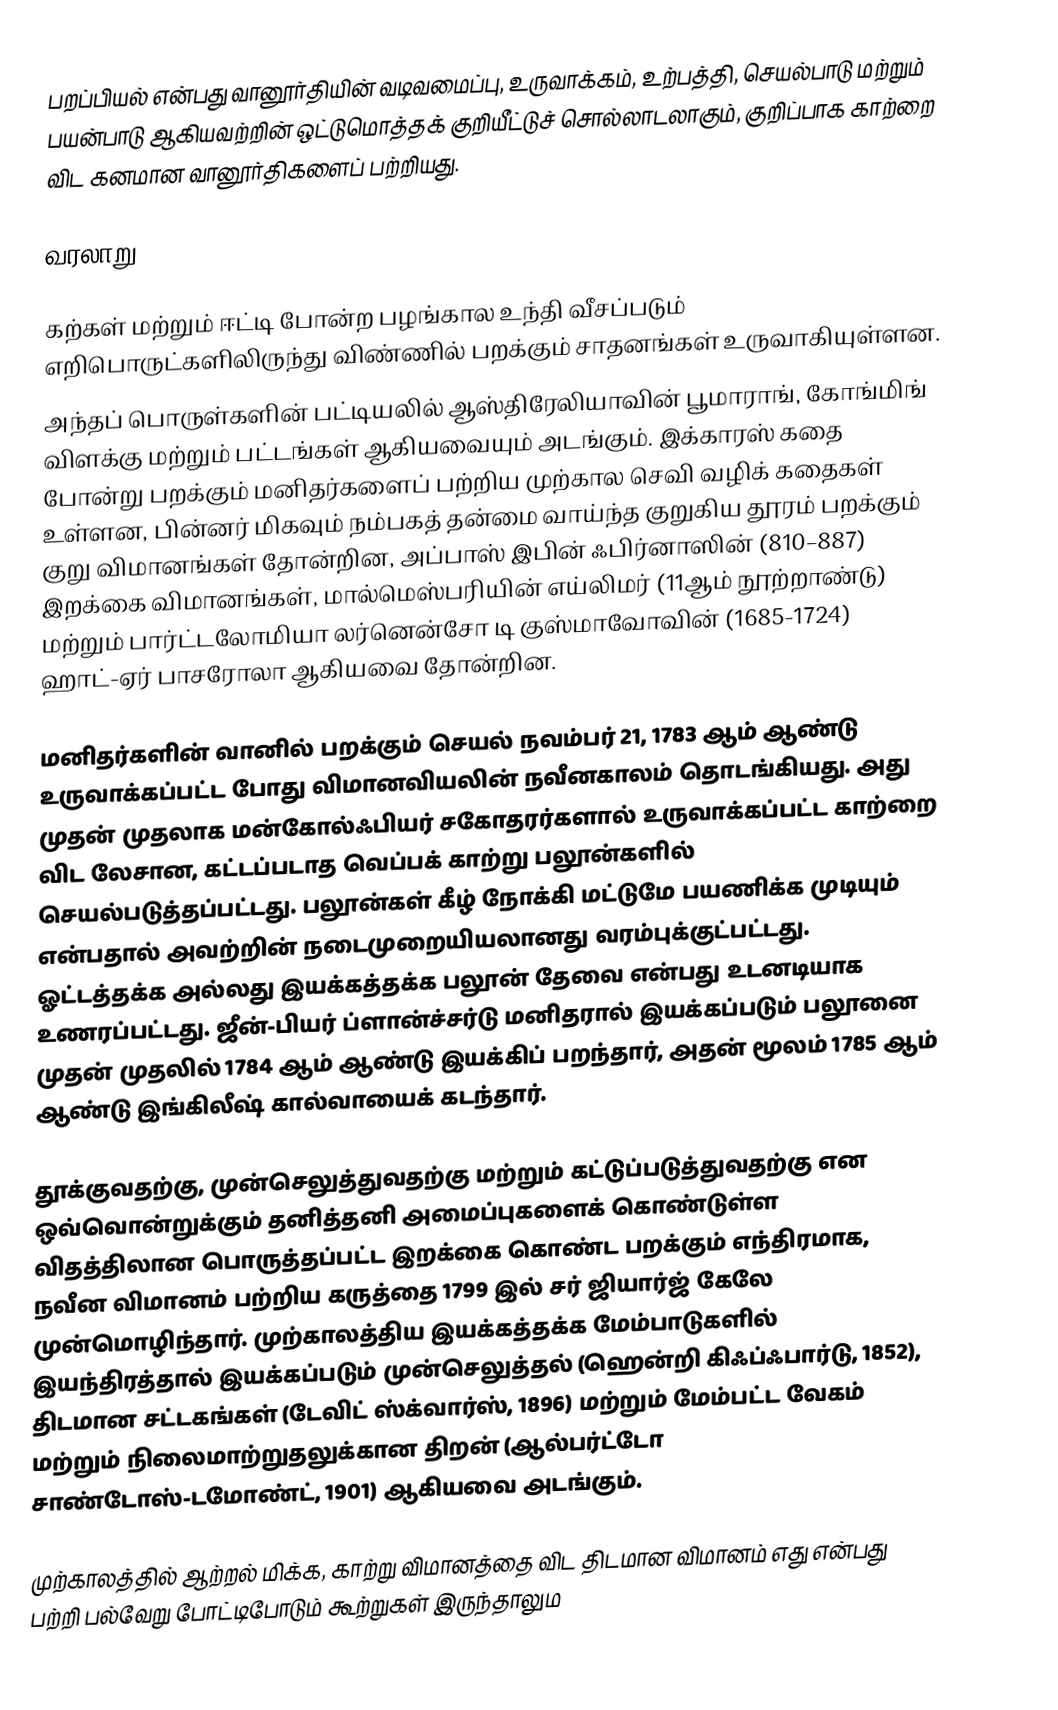
பறப்பியல் என்பது வானூர்தியின் வடிவமைப்பு, உருவாக்கம், உற்பத்தி, செயல்பாடு மற்றும் பயன்பாடு ஆகியவற்றின் ஒட்டுமொத்தக் குறியீட்டுச் சொல்லாடலாகும், குறிப்பாக காற்றை விட கனமான வானூர்திகளைப் பற்றியது.

வரலாறு

கற்கள் மற்றும் ஈட்டி போன்ற பழங்கால உந்தி வீசப்படும் எறிபொருட்களிலிருந்து விண்ணில் பறக்கும் சாதனங்கள் உருவாகியுள்ளன.
அந்தப் பொருள்களின் பட்டியலில் ஆஸ்திரேலியாவின் பூமாராங், கோங்மிங் விளக்கு மற்றும் பட்டங்கள் ஆகியவையும் அடங்கும். இக்காரஸ் கதை போன்று பறக்கும் மனிதர்களைப் பற்றிய முற்கால செவி வழிக் கதைகள் உள்ளன, பின்னர் மிகவும் நம்பகத் தன்மை வாய்ந்த குறுகிய தூரம் பறக்கும் குறு விமானங்கள் தோன்றின, அப்பாஸ் இபின் ஃபிர்னாஸின் (810–887) இறக்கை விமானங்கள், மால்மெஸ்பரியின் எய்லிமர் (11ஆம் நூற்றாண்டு) மற்றும் பார்ட்டலோமியா லர்னென்சோ டி குஸ்மாவோவின் (1685-1724) ஹாட்-ஏர் பாசரோலா ஆகியவை தோன்றின.

மனிதர்களின் வானில் பறக்கும் செயல் நவம்பர் 21, 1783 ஆம் ஆண்டு உருவாக்கப்பட்ட போது விமானவியலின் நவீனகாலம் தொடங்கியது. அது முதன் முதலாக மன்கோல்ஃபியர் சகோதரர்களால் உருவாக்கப்பட்ட காற்றை விட லேசான, கட்டப்படாத வெப்பக் காற்று பலூன்களில் செயல்படுத்தப்பட்டது. பலூன்கள் கீழ் நோக்கி மட்டுமே பயணிக்க முடியும் என்பதால் அவற்றின் நடைமுறையியலானது வரம்புக்குட்பட்டது. ஓட்டத்தக்க அல்லது இயக்கத்தக்க பலூன் தேவை என்பது உடனடியாக உணரப்பட்டது. ஜீன்-பியர் ப்ளான்ச்சர்டு மனிதரால் இயக்கப்படும் பலூனை முதன் முதலில் 1784 ஆம் ஆண்டு இயக்கிப் பறந்தார், அதன் மூலம் 1785 ஆம் ஆண்டு இங்கிலீஷ் கால்வாயைக் கடந்தார்.

தூக்குவதற்கு, முன்செலுத்துவதற்கு மற்றும் கட்டுப்படுத்துவதற்கு என ஒவ்வொன்றுக்கும் தனித்தனி அமைப்புகளைக் கொண்டுள்ள விதத்திலான பொருத்தப்பட்ட இறக்கை கொண்ட பறக்கும் எந்திரமாக, நவீன விமானம் பற்றிய கருத்தை 1799 இல் சர் ஜியார்ஜ் கேலே முன்மொழிந்தார். முற்காலத்திய இயக்கத்தக்க மேம்பாடுகளில் இயந்திரத்தால் இயக்கப்படும் முன்செலுத்தல் (ஹென்றி கிஃப்ஃபார்டு, 1852), திடமான சட்டகங்கள் (டேவிட் ஸ்க்வார்ஸ், 1896) மற்றும் மேம்பட்ட வேகம் மற்றும் நிலைமாற்றுதலுக்கான திறன் (ஆல்பர்ட்டோ சாண்டோஸ்-டமோண்ட், 1901) ஆகியவை அடங்கும்.

முற்காலத்தில் ஆற்றல் மிக்க, காற்று விமானத்தை விட திடமான விமானம் எது என்பது பற்றி பல்வேறு போட்டிபோடும் கூற்றுகள் இருந்தாலும